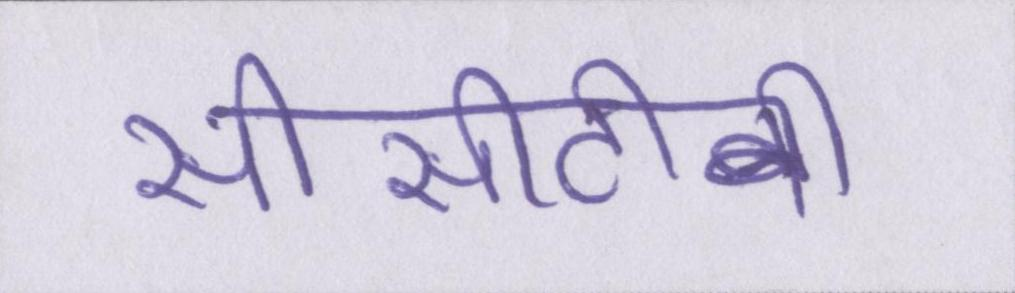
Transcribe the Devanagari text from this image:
सीसीटीवी